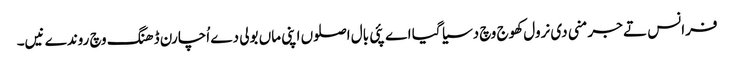
فرانس تے جرمنی دی نرول کھوج وچ دسیا گیا اے پئی بال اصلوں اپنی ماں بولی دے اُچارن ڈھنگ وچ روندے نیں۔